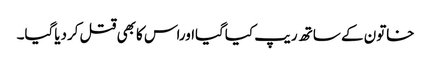
خاتون کے ساتھ ریپ کیاگیااوراس کابھی قتل کردیاگیا۔